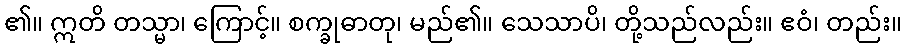
၏။ ဣတိ တသ္မာ၊ ကြောင့်။ စက္ခုဓာတု၊ မည်၏။ သေသာပိ၊ တို့သည်လည်း။ ဧဝံ၊ တည်း။